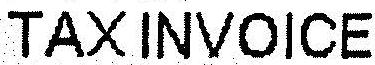
TAX INVOICE